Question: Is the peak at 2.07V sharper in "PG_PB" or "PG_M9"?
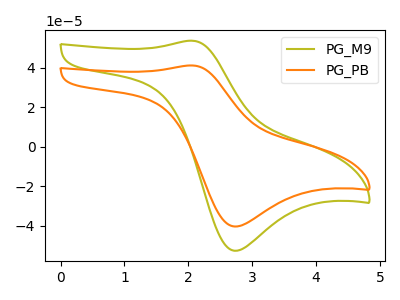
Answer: <think>The olive curve "PG_M9" has an anodic peak at (2.05V, 53.70uA) and a cathodic peak at (2.75V, -52.65uA). The orange curve "PG_PB" has an anodic peak at (2.05V, 41.15uA) and a cathodic peak at (2.75V, -40.35uA).</think>
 <answer>The peak at 2.07V is lower in "PG_PB" than in "PG_M9".</answer>
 <eval>lower</eval>